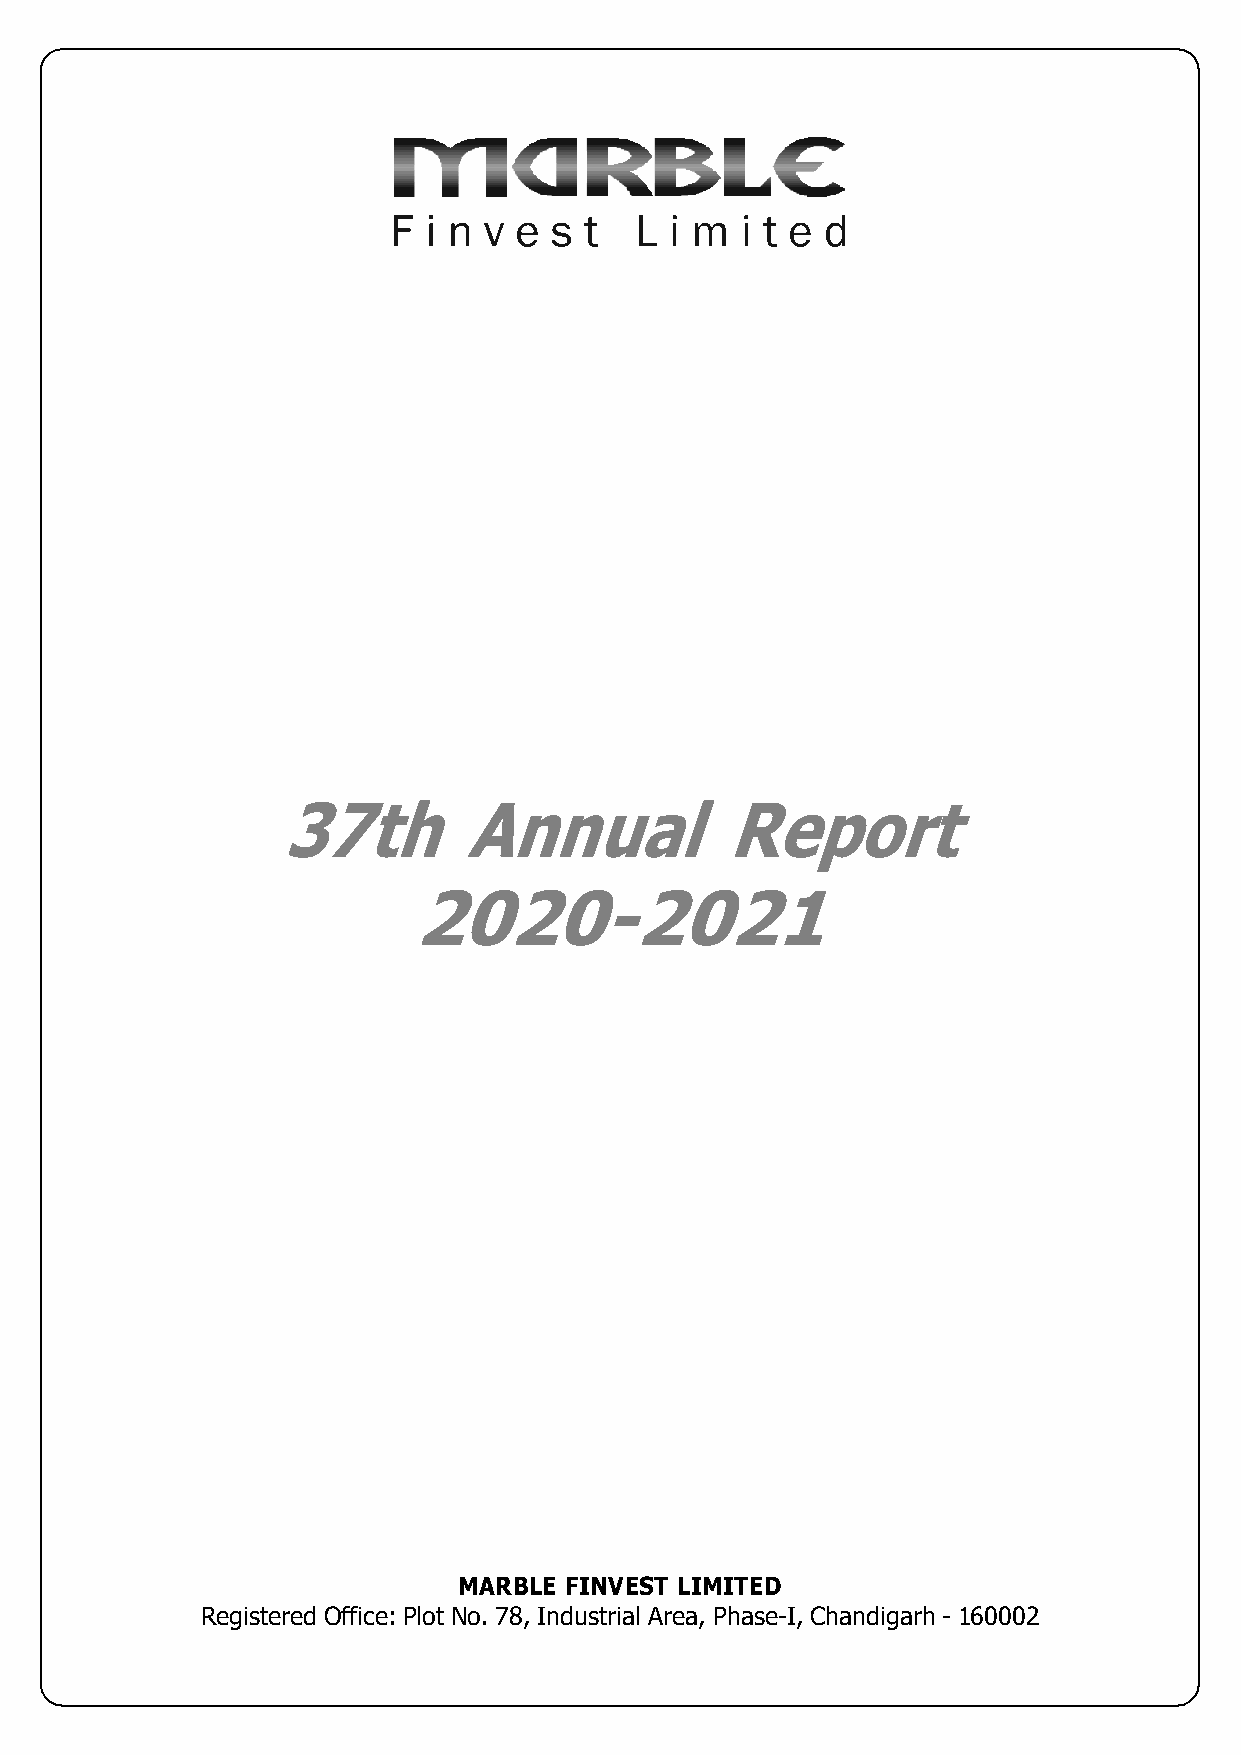
37th         Annual           Report
 2020-2021
 MARBLE FINVEST LIMITED
 Registered Office: Plot No. 78, Industrial Area, Phase-I, Chandigarh - 160002